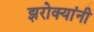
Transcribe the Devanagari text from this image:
झरोक्यांनी